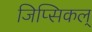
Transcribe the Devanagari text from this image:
जिप्सिकल्